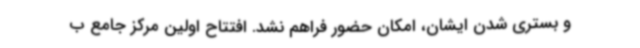
و بستری شدن ایشان، امکان حضور فراهم نشد. افتتاح اولین مرکز جامع ب